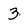
Character: 3